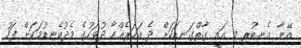
އޭނާ އެނބުރި މި އައީ ގާތްގަނޑަކަށް ދެ އަހަރެއްހާ ދުވަހުގެ މެދުކެނޑުމަކަށް ފަހު